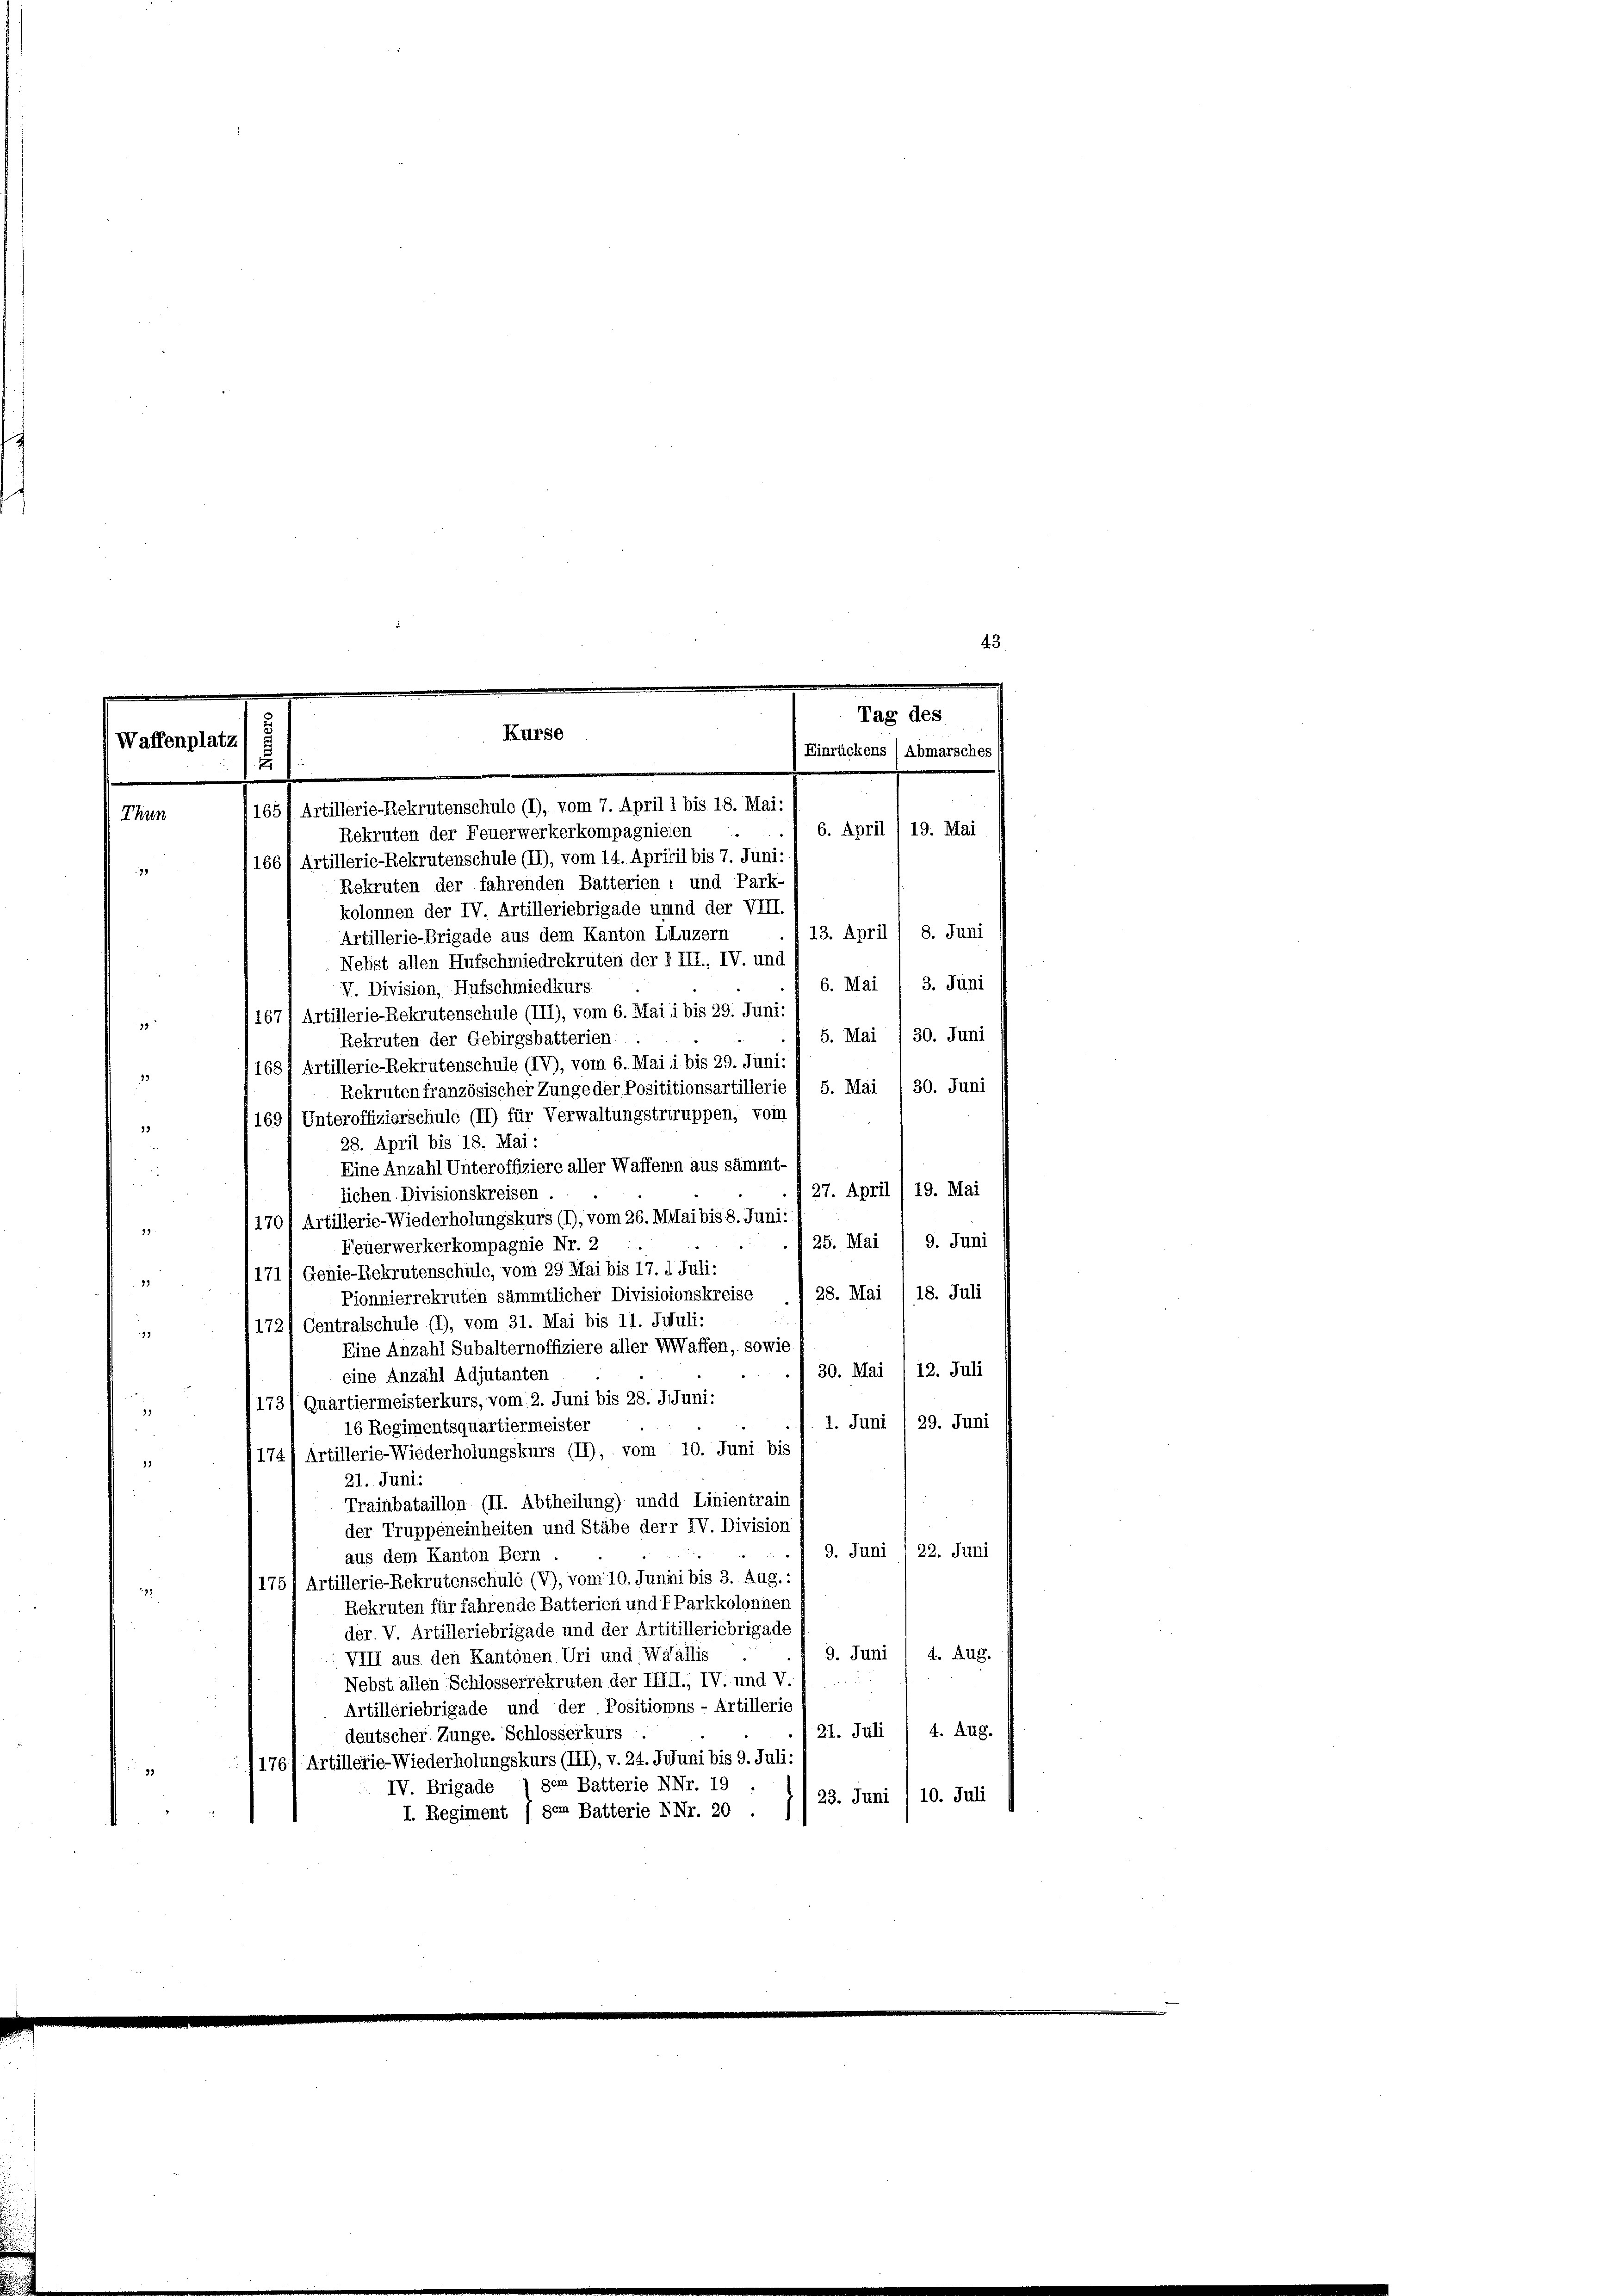
Tag des
Kurse
Waffenplatz
Einrückens (Abmarsches
.
1651 Artillerie-Rekrutenschule (1), vom 7. April 1 bis 18. Mai:
Thun

6. April /19. Mai
Rekruten der Feuerwerkerkompagnieien
166) Artillerie-Rekrutenschule (II), vom 14. Aprivil bis 7. Juni:
39
Rekruten der fahrenden Batterien, und Park-
kolonnen der IV. Artilleriebrigade unnd der VIII.
13. April / 8. Juni
Artillerie-Brigade aus dem Kanton LLuzern
Nebst allen Hufschmiedrekruten der I III., IV. und
6. Mai / 3. Juni
V. Division, Hufschmiedkurs.
167) Artillerie-Rekrutenschule (III), vom 6. Mai i bis 29. Juni:
11
5. Mai 1 30. Juni
Rekruten der Gebirgsbatterien .
1687 Artillerie-Rekrutenschule (IV), vom 6. Mai i bis 29. Juni:
22
Rekruten französischer Zungeder Posititionsartillerie 1 5. Mai : 30. Juni
169/ Unteroffizierschule (II) für Verwaltungstriruppen, von
39
28. April bis 18. Mai:
Eine Anzahl Unteroffiziere aller Waffenn aus sämmt-
u
27. April , 19. Mai
lichen Divisionskreisen
1701 Artillerie-Wiederholungskurs (I), vom 26. Mai bis 8. Juni:
99
25. Mai / 9. Juni
Feuerwerkerkompagnie Nr. 2
171/ Genie-Rekrutenschule, vom 29 Mai bis 17. d. Juli:
13
28. Mai /18. Juli
Pionnierrekruten sämmtlicher Divisioionskreise
172/ Centralschule (1), vom 31. Mai bis 11. Juli:
99
Eine Anzahl Subalternoffiziere aller Waffen, sowie
30. Mai 1 12. Juli
eine Anzahl Adjutanten
1731 Quartiermeisterkurs, vom 2. Juni bis 28. Juni:
1. Juni 1 29. Juni
16 Regimentsquartiermeister
174) Artillerie-Wiederholungskurs (II), vom 10. Juni bis
31
21. Juni.
Trainbataillon (II. Abtheilung) undd Linientrain
der Truppeneinheiten und Stäbe derr IV. Division
9. Juni /22. Juni
aus dem Kanton Bern
1757 Artillerie-Rekrutenschule (V), vom 10. Junii bis 3. Aug.:
292
Rekruten für fahrende Batterien und 7 Parkkolonnen
der. V. Artilleriebrigade und der Artitilleriebrigade
9. Juni 1 4. Aug.
VIII aus den Kantonen. Uri und: Wäallis
Nebst allen Schlosserrekruten der IIIII., IV. und V.
Artilleriebrigade und der Positionns - Artillerie
21. Juli
4. Aug.
deutscher Zunge. Schlosserkurs
1761 Artillerie-Wiederholungskurs (III), v. 24. Jujuni bis 9. Juli:
29
IV. Brigade 7 der Batterie NNr. 19
23. Juni /10. Juli
I. Regiment (den Batterie NNr. 20

43